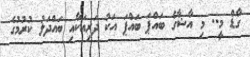
ގާޑް މީ.. މި އާޝާގެ ބައްޕަ ބައްޕަ އަކު ދަރިއަކާއި ބައްދަލު ކުރުމުގެ